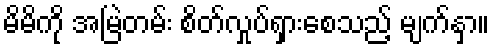
မိမိကို အမြဲတမ်း စိတ်လှုပ်ရှားစေသည့် မျက်နှာ။